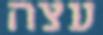
עצה